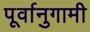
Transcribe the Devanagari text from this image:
पूर्वानुगामी